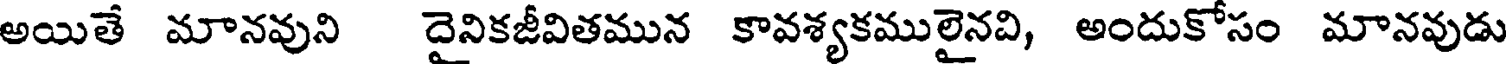
అయితే మానవుని దైనికజీవితమున కావశ్యకములైనవి, అందుకోసం మానవుడు